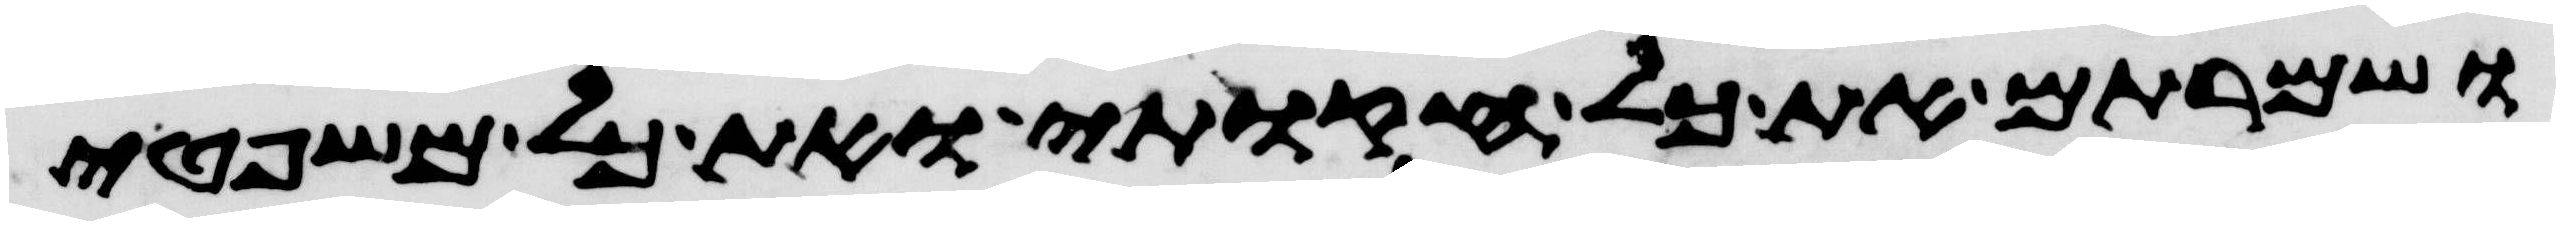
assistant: ושמרתם את כל חקותי ואת כל משפטי